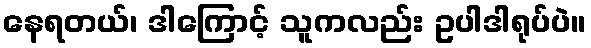
နေရတယ်၊ ဒါကြောင့် သူကလည်း ဥပါဒါရုပ်ပဲ။